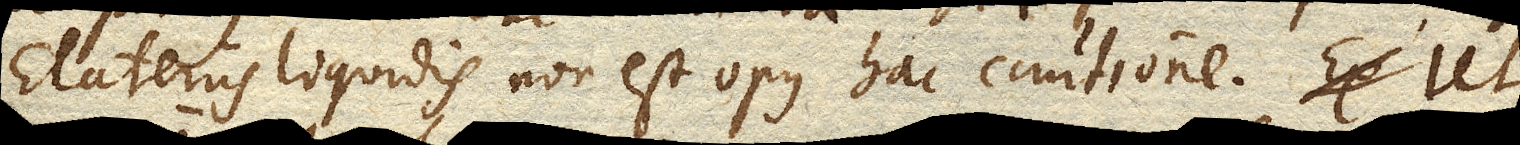
Elateriis liquidis non est opus hac cautione. Ut